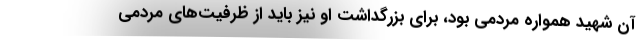
آن شهید همواره مردمی بود، برای بزرگداشت او نیز باید از ظرفیت‌های مردمی